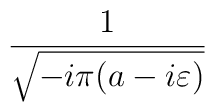
\frac{1}{\sqrt{-i\pi (a-i\varepsilon )}}